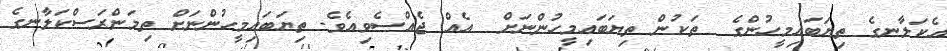
އެކަލާނގެ ތިޔަބައިމީހުންގެ  ތަކުން ތިޔަބައިމީހުންނަށް  އެއް ޖެއްސެވިއެވެ. ތިޔަބައިމީހުންނަށް ތިމަންރަސްކަލާނގެ